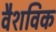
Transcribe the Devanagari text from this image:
वैशविक